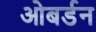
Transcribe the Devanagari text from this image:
ओबर्डन